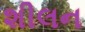
શીલન